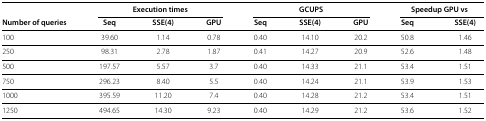
<table><thead><tr><td><b> </b></td><td colspan="3"><b>Execution times</b></td><td colspan="3"><b>GCUPS</b></td><td colspan="2"><b>Speedup GPU vs</b></td></tr><tr><td><b>Number of queries</b></td><td><b>Seq</b></td><td><b>SSE(4)</b></td><td><b>GPU</b></td><td><b>Seq</b></td><td><b>SSE(4)</b></td><td><b>GPU</b></td><td><b>Seq</b></td><td><b>SSE(4)</b></td></tr></thead><tbody><tr><td>100</td><td>39.60</td><td>1.14</td><td>0.78</td><td>0.40</td><td>14.10</td><td>20.2</td><td>50.8</td><td>1.46</td></tr><tr><td>250</td><td>98.31</td><td>2.78</td><td>1.87</td><td>0.41</td><td>14.27</td><td>20.9</td><td>52.6</td><td>1.48</td></tr><tr><td>500</td><td>197.57</td><td>5.57</td><td>3.7</td><td>0.40</td><td>14.33</td><td>21.1</td><td>53.4</td><td>1.51</td></tr><tr><td>750</td><td>296.23</td><td>8.40</td><td>5.5</td><td>0.40</td><td>14.24</td><td>21.1</td><td>53.9</td><td>1.53</td></tr><tr><td>1000</td><td>395.59</td><td>11.20</td><td>7.4</td><td>0.40</td><td>14.28</td><td>21.2</td><td>53.4</td><td>1.51</td></tr><tr><td>1250</td><td>494.65</td><td>14.30</td><td>9.23</td><td>0.40</td><td>14.29</td><td>21.2</td><td>53.6</td><td>1.52</td></tr></tbody></table>